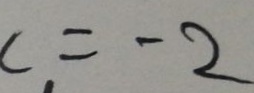
c = - 2